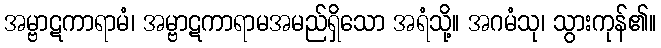
အမ္ဗာဋကာရာမံ၊ အမ္ဗာဋကာရာမအမည်ရှိသော အရံသို့။ အဂမံသု၊ သွားကုန်၏။